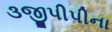
૩જીપીપીના